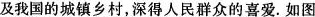
及我国的城镇乡村，深得人民群众的喜爱。如图